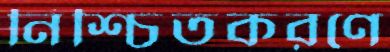
নিশ্চিতকরণে